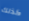
كذلك